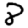
Digit: 8